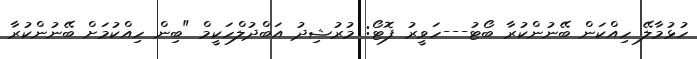
ހުޅުމާލޭ ހިއްކަން ބޭނުންކުރާ ބޯޓު---ހަވީރު ފޮޓޯ: މުރުޝިދު އަބްދުލްހަކީމް "ބިން ހިއްކުމަށް ބޭނުންކުރާ